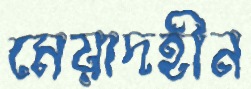
মেয়াদহীন